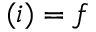
( i ) = f